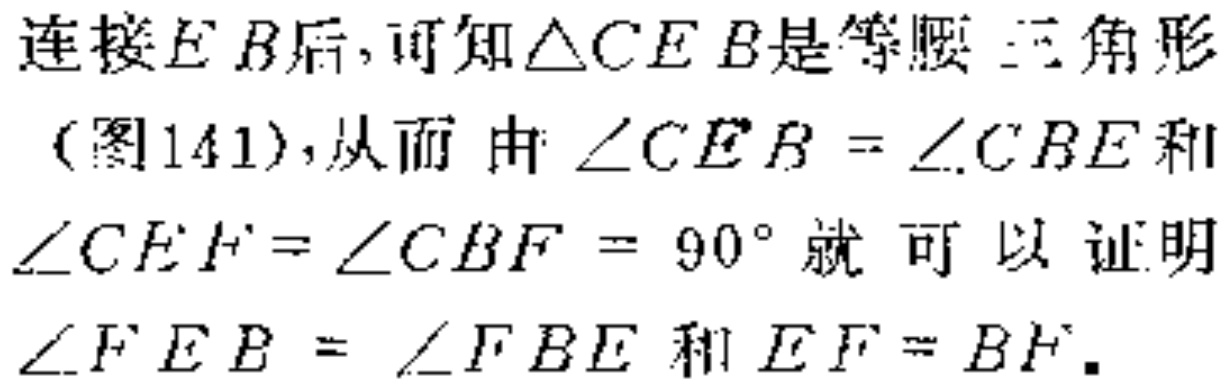
连接$EB$后,可知$\triangle CEB$是等腰三角形
（图141）,从而 由$\angle CEB = \angle CBE$和
$\angle CEF=\angle CBF = 90^{\circ}$就 可 以 证 明
$\angle FEB = \angle FBE$和$EF = BF$.